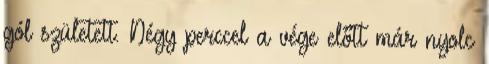
gól született. Négy perccel a vége előtt már nyolc